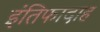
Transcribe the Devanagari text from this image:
इंतिफादाह